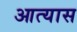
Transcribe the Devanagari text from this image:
आत्यास